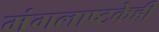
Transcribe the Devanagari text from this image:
मंगलाष्टकेही